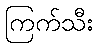
ကြက်သီး